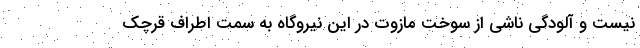
نیست و آلودگی ناشی از سوخت مازوت در این نیروگاه به سمت اطراف قرچک